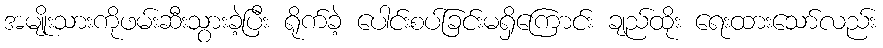
အမျိုးသားကိုဖမ်းဆီးသွားခဲ့ပြီး ရိုက်ခဲ့ ပေါင်းစပ်ခြင်းမရှိကြောင်း ချည်ထိုး ရေးထားသော်လည်း